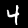
Digit: 4